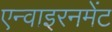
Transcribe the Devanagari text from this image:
एन्वाइरनमेंट